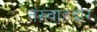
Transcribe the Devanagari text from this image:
तंख़्वाहदार